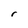
Character: r